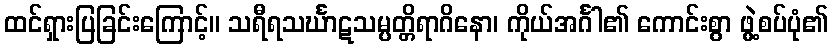
ထင်ရှားပြခြင်းကြောင့်။ သရီရသင်္ဃာဋသမ္ပတ္တိရာဂိနော၊ ကိုယ်အင်္ဂါ၏ ကောင်းစွာ ဖွဲ့စပ်ပုံ၏